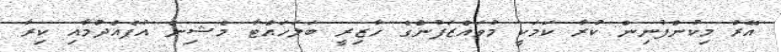
އޭރު މިކުންފުނިން ކުރާ ކަމަކީ މުވައްޒަފުންގެ ހާޒިރީ ބަލަހައްޓާ މެޝިން އުފެއްދުމާއި ކިރާ